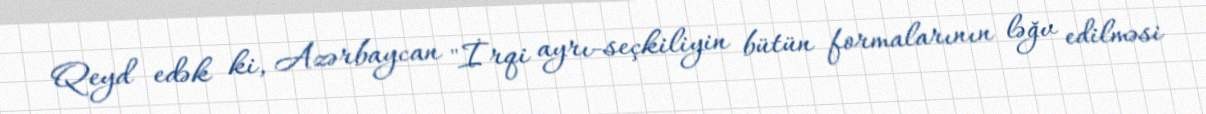
Qeyd edək ki, Azərbaycan "İrqi ayrı-seçkiliyin bütün formalarının ləğv edilməsi